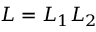
L = L _ { 1 } L _ { 2 }